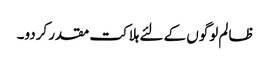
ظالم لوگوں کے لئے ہلاکت مقدر کردو۔